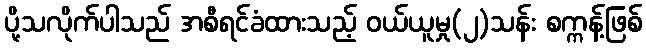
ပို့သလိုက်ပါသည် အစီရင်ခံထားသည့် ဝယ်ယူမှု(၂)သန်း စက္ကန့်ဖြစ်